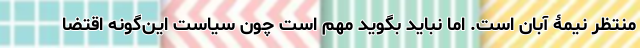
منتظر نیمۀ آبان است. اما نباید بگوید مهم است چون سیاست این‌گونه اقتضا